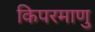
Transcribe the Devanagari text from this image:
किपरमाणु